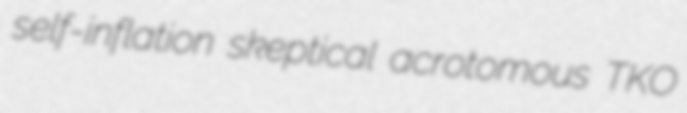
self-inflation skeptical acrotomous TKO